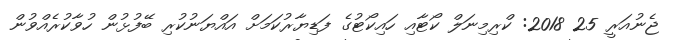
ޖެނުއަރީ 25 2018: ކްރިމިނަލް ކޯޓާއި ހައިކޯޓުގެ ފަޑިޔާރުކަމަށް އައްޔަނުކުރި ބޭފުޅުން ހުވާކުރެއްވުން